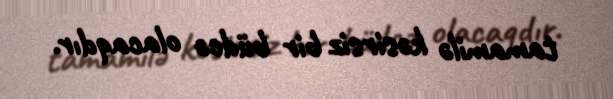
tamamilə kəsirsiz bir büdcə olacaqdır.